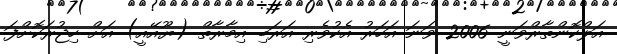
އަލްކޮންތާރްވަނީ 2006 ވަނަ އަހަރު އެކުވެރި އަރަބި އިމާރާތް (ޔޫއޭއީ) އަށް ހިޖުރަކޮށްފަ